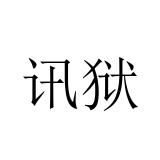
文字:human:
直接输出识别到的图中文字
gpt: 讯狱